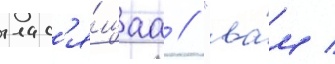
глас'я́щаа // "ва́м /